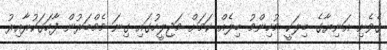
ގެވެށި އަނިޔާގެ ބިލަކީ މުހިންމު ބިލެއް ކަމަށް މަޖިލީހުގައި ގިނަ މެމްބަރުން ފާހަގަކުރާއިރު